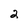
Character: 2